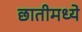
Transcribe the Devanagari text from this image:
छातीमध्ये